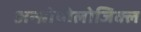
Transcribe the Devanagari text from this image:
अन्थ्रोपोलोजिक्ल